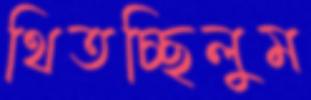
থিতচ্ছিলুম